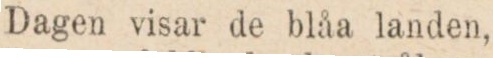
Dagen visar de blåa landen,